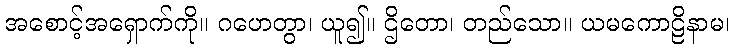
အစောင့်အရှောက်ကို။ ဂဟေတွာ၊ ယူ၍။ ဌိတော၊ တည်သော။ ယမကောဠိနာမ၊